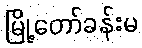
မြို့တော်ခန်းမ